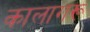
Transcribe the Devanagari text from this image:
कालागरू